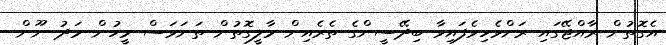
އެގޮތުން ރާއްޖޭގައި ރަށްވެހިވެފައިވާ ބިދޭސީންގެ ތެރެއިން މާލީގޮތުން ތަނަވަސް މީހުން މަދު ނޫން